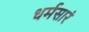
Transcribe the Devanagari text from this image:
धर्मसारं